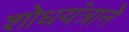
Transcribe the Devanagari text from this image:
शोधयंत्राने